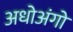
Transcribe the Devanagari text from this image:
अधोअंगो